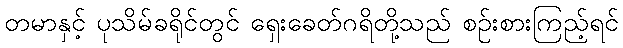
တမာနှင့် ပုသိမ်ခရိုင်တွင် ရှေးခေတ်ဂရိတို့သည် စဉ်းစားကြည့်ရင်